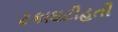
ટકાઘટીહતી